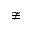
\ncong